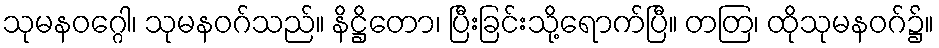
သုမနဝဂ္ဂေါ၊ သုမနဝဂ်သည်။ နိဋ္ဌိတော၊ ပြီးခြင်းသို့ရောက်ပြီ။ တတြ၊ ထိုသုမနဝဂ်၌။